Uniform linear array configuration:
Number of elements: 32
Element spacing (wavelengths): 1
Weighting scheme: hann
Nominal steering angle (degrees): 30
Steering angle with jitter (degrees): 30.693
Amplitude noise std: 0.05
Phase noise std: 0.05

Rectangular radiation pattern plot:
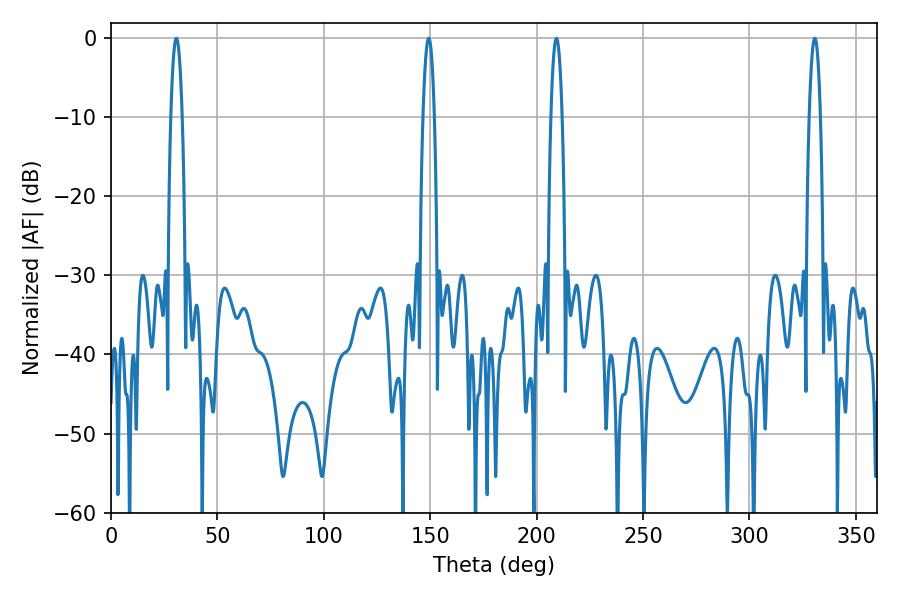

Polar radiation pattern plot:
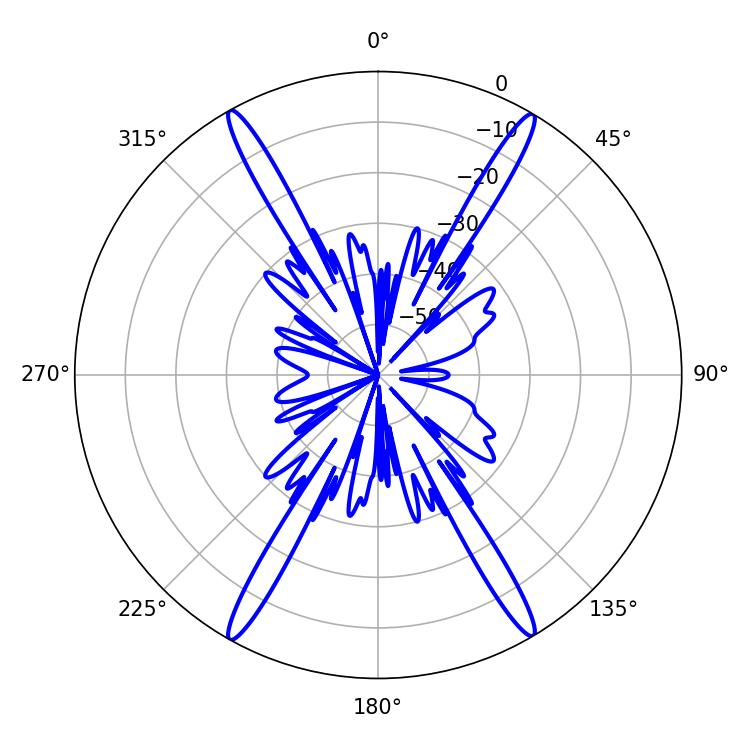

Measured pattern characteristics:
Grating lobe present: TRUE
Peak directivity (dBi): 27.882
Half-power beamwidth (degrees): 2.88
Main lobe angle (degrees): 330.66